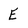
Character: E